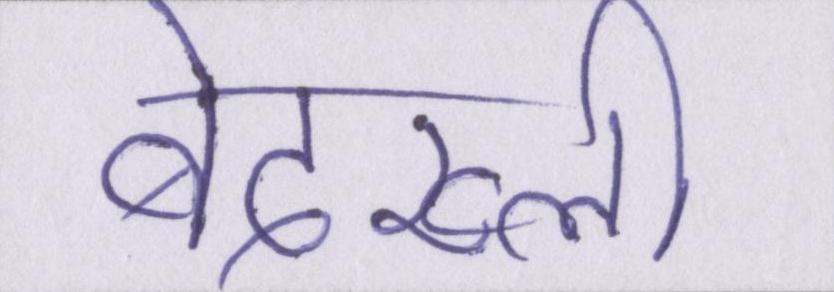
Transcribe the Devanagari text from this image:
बेदख्ली